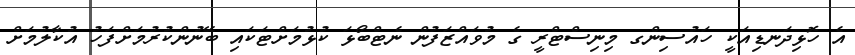
އެ ހޮޅިދަނޑިއަކީ ހައުސިންގ މިނިސްްޓްރީ ގެ މުވައްޒަފުން ނެޓްބޯޅަ ކުޅުމަށްޓަކައި ބޭނުންކުރުމަށްފަހު އުކާލުމަށް